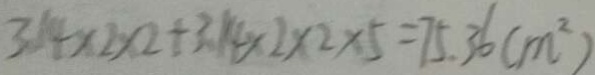
3 . 1 4 \times 2 \times 2 + 3 . 1 4 \times 2 \times 2 \times 5 = 7 5 . 3 6 ( m ^ { 2 } )